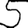
Digit: 5